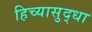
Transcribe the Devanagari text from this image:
हिच्यासुद्धा